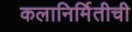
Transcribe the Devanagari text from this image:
कलानिर्मितीची